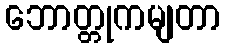
ဘောတ္တုကမျတာ